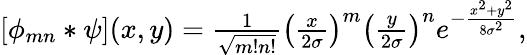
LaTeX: \begin{array}{r}{\left[\phi_{mn}*\psi\right](x,y)=\frac{1}{\sqrt{m!n!}}\left(\frac{x}{2\sigma}\right)^{m}\left(\frac{y}{2\sigma}\right)^{n}e^{-\frac{x^{2}+y^{2}}{8\sigma^{2}}},}\end{array}